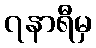
၇နာရီမှ